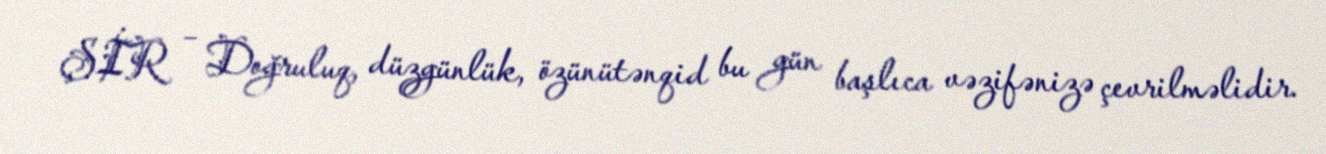
ŞİR – Doğruluq, düzgünlük, özünütənqid bu gün başlıca vəzifənizə çevrilməlidir.